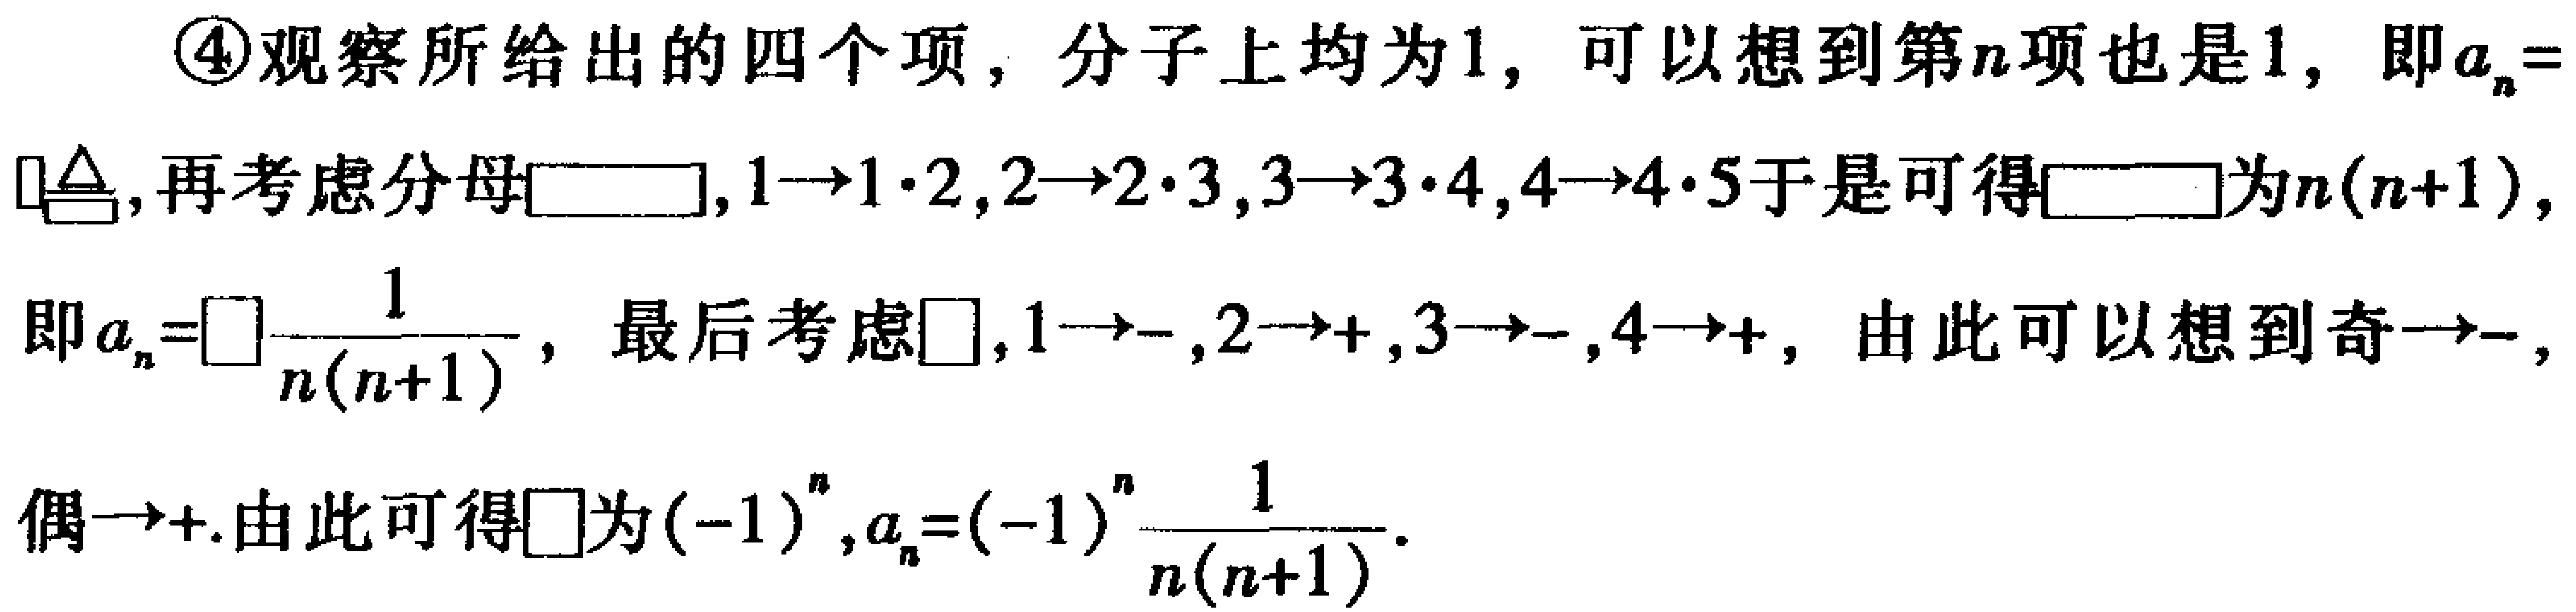
\textcircled{4}观察所给出的四个项，分子上均为\(1\)，可以想到第\(n\)项也是\(1\)，即\(a_{n}=\)
\(\square\)，再考虑分母\(\square\)，\(1\rightarrow1\cdot2,2\rightarrow2\cdot3,3\rightarrow3\cdot4,4\rightarrow4\cdot5\)于是可得\(\square\)为\(n(n + 1)\)，
即\(a_{n}=\square\frac{1}{n(n + 1)}\)，最后考虑\(\square\)，\(1\rightarrow-,2\rightarrow+,3\rightarrow-,4\rightarrow+\)，由此可以想到奇\(\rightarrow-\)，
偶\(\rightarrow+\).由此可得\(\square\)为\((-1)^{n}\)，\(a_{n}=(-1)^{n}\frac{1}{n(n + 1)}\)。